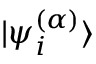
| \psi _ { i } ^ { ( \alpha ) } \rangle